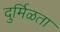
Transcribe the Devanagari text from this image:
दुर्मिळता